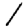
Digit: 1